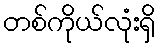
တစ်ကိုယ်လုံးရှိ